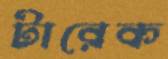
টারেক